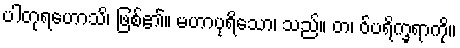
ပါတုရဟောသိ၊ ဖြစ်၏။ မဟာပုရိသော၊ သည်။ တ၊ ဝ်ပရိက္ခရာကို။